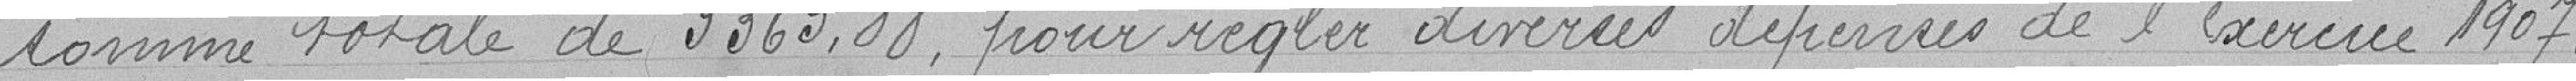
somme totale de 3363,88, pour régler diverses dépenses de l'exercice de 1907.